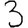
Digit: 3